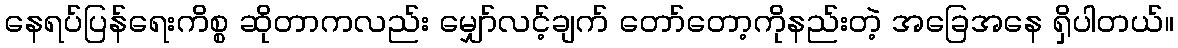
နေရပ်ပြန်ရေးကိစ္စ ဆိုတာကလည်း မျှော်လင့်ချက် တော်တော့ကိုနည်းတဲ့ အခြေအနေ ရှိပါတယ်။